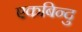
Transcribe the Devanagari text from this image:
एकबिन्दु